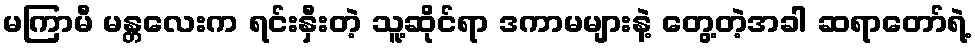
မကြာမီ မန္တလေးက ရင်းနှီးတဲ့ သူ့ဆိုင်ရာ ဒကာမများနဲ့ တွေ့တဲ့အခါ ဆရာတော်ရဲ့